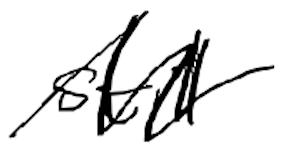
Text: still
Cross-out: zig-zag
Writing tool: digital_black